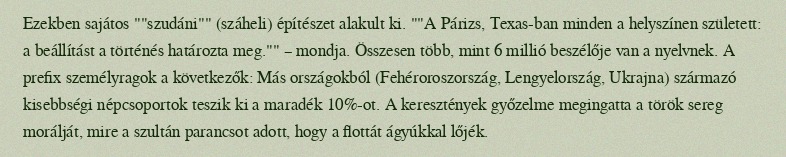
Ezekben sajátos ""szudáni"" (száheli) építészet alakult ki. ""A Párizs, Texas-ban minden a helyszínen született: a beállítást a történés határozta meg."" – mondja. Összesen több, mint 6 millió beszélője van a nyelvnek. A prefix személyragok a következők: Más országokból (Fehéroroszország, Lengyelország, Ukrajna) származó kisebbségi népcsoportok teszik ki a maradék 10%-ot. A keresztények győzelme megingatta a török sereg morálját, mire a szultán parancsot adott, hogy a flottát ágyúkkal lőjék.